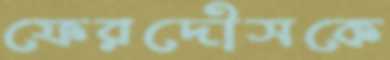
ফেরদৌসকে